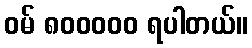
ဝမ် ၈၀၀၀၀၀ ရပါတယ်။